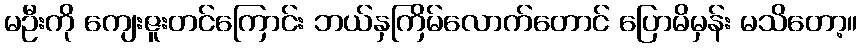
မဦးကို ကျေးဇူးတင်ကြောင်း ဘယ်နှကြိမ်လောက်တောင် ပြောမိမှန်း မသိတော့။